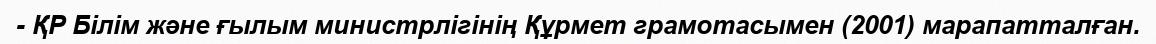
- ҚР Білім және ғылым министрлігінің Құрмет грамотасымен (2001) марапатталған.